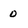
Character: 0